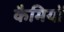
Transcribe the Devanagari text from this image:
कैमियों